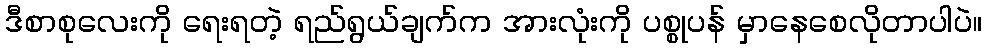
ဒီစာစုလေးကို ရေးရတဲ့ ရည်ရွယ်ချက်က အားလုံးကို ပစ္စုပန် မှာနေစေလိုတာပါပဲ။